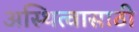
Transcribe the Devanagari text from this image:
अस्थित्वासाठी